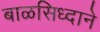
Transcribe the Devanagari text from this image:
बाळसिध्दाने